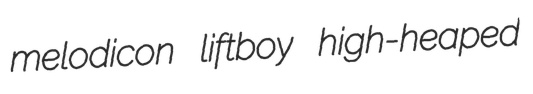
melodicon liftboy high-heaped